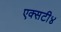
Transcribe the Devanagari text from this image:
एक्सटी४